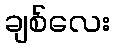
ချစ်လေး